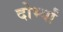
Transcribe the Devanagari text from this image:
दोर्भ्यां